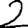
Digit: 2